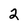
Character: 2